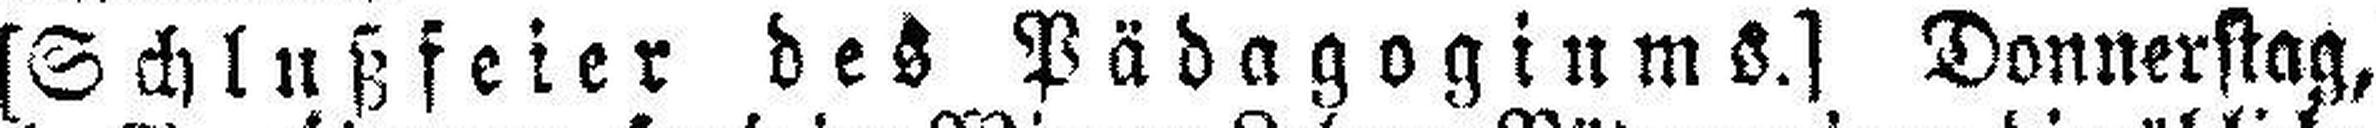
[Schlußfeier des Pädagogiums.] Donnerstag,